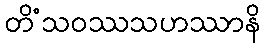
တိံသဝဿသဟဿာနိ